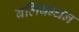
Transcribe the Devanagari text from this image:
बलिबन्धन